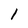
Character: l